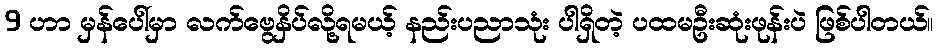
9 ဟာ မှန်ပေါ်မှာ လက်ဗွေနှိပ်လို့ရမယ့် နည်းပညာသုံး ပါရှိတဲ့ ပထမဦးဆုံးဖုန်းပဲ ဖြစ်ပါတယ်။